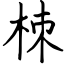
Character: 栜